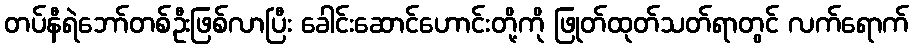
တပ်နီရဲဘော်တစ်ဦးဖြစ်လာပြီး ခေါင်းဆောင်ဟောင်းတို့ကို ဖြုတ်ထုတ်သတ်ရာတွင် လက်ရောက်